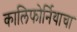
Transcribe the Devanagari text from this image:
कालिफोर्नियाचा